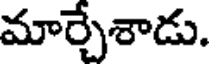
మార్చేశాడు.